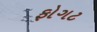
ફોગટ